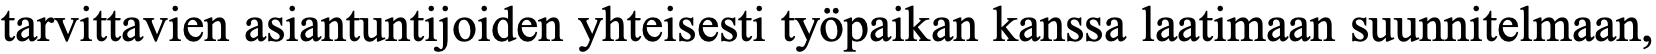
tarvittavien asiantuntijoiden yhteisesti työpaikan kanssa laatimaan suunnitelmaan,